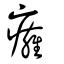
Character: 癕